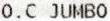
O.C JUMBO